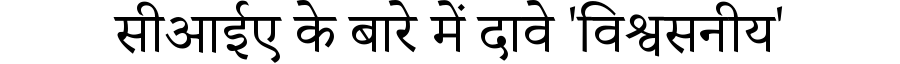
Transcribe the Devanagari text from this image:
सीआईए के बारे में दावे 'विश्वसनीय'